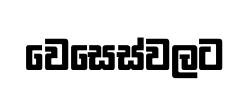
වෙසෙස්වලට